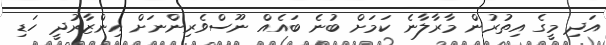
އަދި މީގެ އިތުރުން މާރާލާނެ ކަމަށް ބުނެ ބައެއް ނޫސްވެރިންނަށް އިންޒާރުދީ ހަޑި